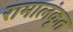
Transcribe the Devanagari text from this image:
रामालंकृत